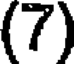
(7)